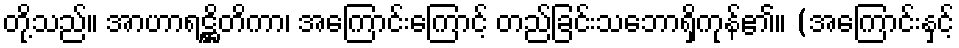
တို့သည်။ အာဟာရဋ္ဌိတိကာ၊ အကြောင်းကြောင့် တည်ခြင်းသဘောရှိကုန်၏။ (အကြောင်းနှင့်